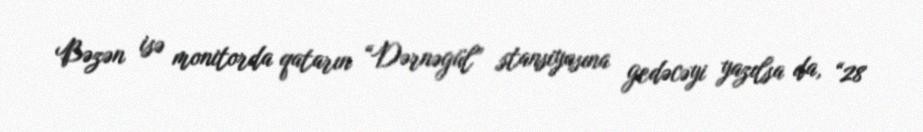
Bəzən isə monitorda qatarın “Dərnəgül” stansiyasına gedəcəyi yazılsa da, “28